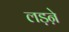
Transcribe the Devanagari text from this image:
लड़ऩे